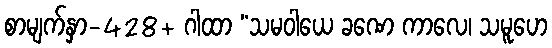
စာမျက်နှာ-428+ ဂါထာ “သမဝါယေ ခဏေ ကာလေ၊ သမူဟေ